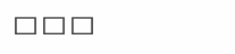
١١٠